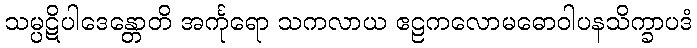
သမ္ပဋိပါဒေန္တောတိ အင်္ကုရော သကလာယ ဧဠကလောမဓောဝါပနသိက္ခာပဒံ